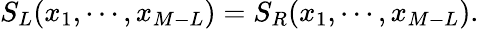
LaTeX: S_{L}(x_{1},\cdots,x_{M-L})=S_{R}(x_{1},\cdots,x_{M-L}).